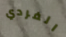
الفردي